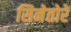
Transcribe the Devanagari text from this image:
सिनेतोरें